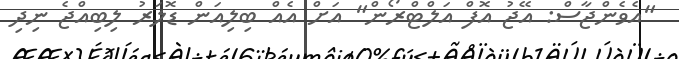
"އެވެންޖާސް: އޭޖު އޮފް އަލްޓްރޯން" އަށް އެއް ބިލިއަން ޑޮލަރު ލިބިއްޖެ ނިދި